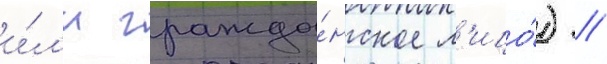
и́л'и гражда́нское л'ицо́) //